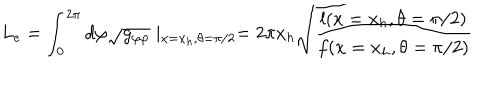
L _ { e } = \int _ { 0 } ^ { 2 \pi } d \varphi \sqrt { g _ { \varphi \varphi } } \mid _ { x = x _ { h } , \theta = \pi / 2 } = 2 \pi x _ { h } \sqrt { \frac { l ( x = x _ { h } , \theta = \pi / 2 ) } { f ( x = x _ { h } , \theta = \pi / 2 ) } }